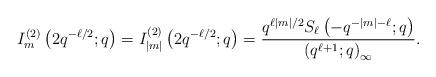
LaTeX: \begin{align*}I_{m}^{(2)}\left(2q^{-\ell/2};q\right)=I_{|m|}^{(2)}\left(2q^{-\ell/2};q\right)=\frac{q^{\ell|m|/2}S_{\ell}\left(-q^{-|m|-\ell};q\right)}{\left(q^{\ell+1};q\right)_{\infty}}.\end{align*}